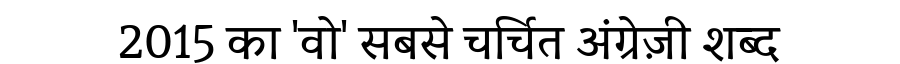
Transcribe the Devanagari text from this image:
2015 का 'वो' सबसे चर्चित अंग्रेज़ी शब्द